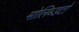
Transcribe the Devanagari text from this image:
मोलिब्डटों